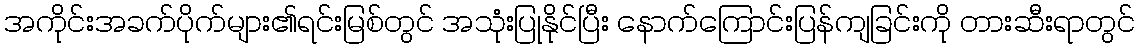
အကိုင်းအခက်ပိုက်များ၏ရင်းမြစ်တွင် အသုံးပြုနိုင်ပြီး နောက်ကြောင်းပြန်ကျခြင်းကို တားဆီးရာတွင်